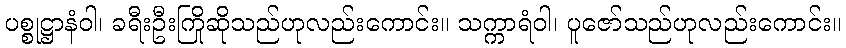
ပစ္စုဋ္ဌာနံဝါ၊ ခရီးဦးကြိုဆိုသည်ဟုလည်းကောင်း။ သက္ကာရံဝါ၊ ပူဇော်သည်ဟုလည်းကောင်း။